Scottish Leaving Certificate Examination, 1955
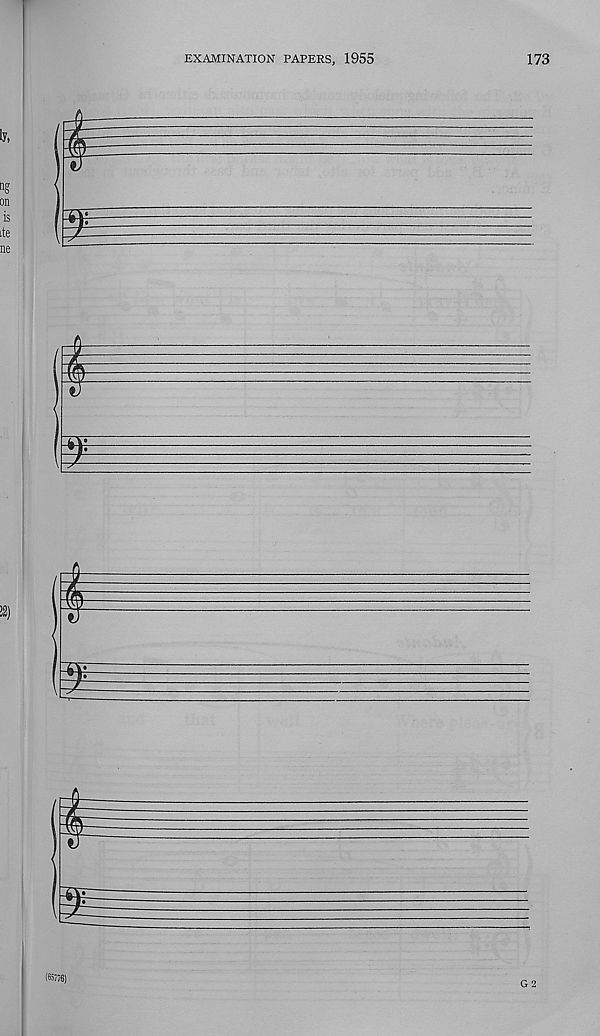
EXAMINATION PAPERS, 1955
173
iy,
!2)
m
(65776)
G 2